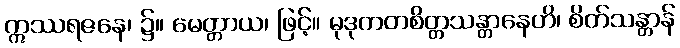
ဣဿရဇနေ၊ ၌။ မေတ္တာယ၊ ဖြင့်။ မုဒုကတစိတ္တသန္တာနေဟိ၊ စိတ်သန္တာန်